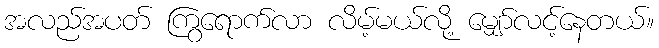
အလည်အပတ် ကြွရောက်လာ လိမ့်မယ်လို့ မျှော်လင့်နေတယ်။